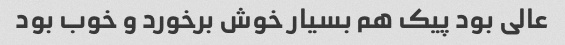
عالی بود پیک هم بسیار خوش برخورد و خوب بود